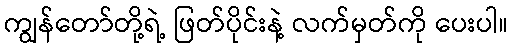
ကျွန်တော်တို့ရဲ့ ဖြတ်ပိုင်းနဲ့ လက်မှတ်ကို ပေးပါ။